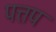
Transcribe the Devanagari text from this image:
पत्तप